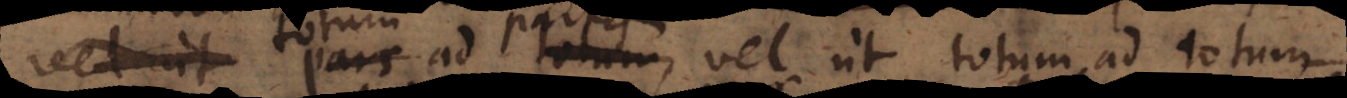
vel ut totum ad partem, vel ut totum ad totum